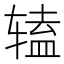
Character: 𫐔